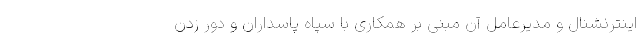
اینترنشنال و مدیرعامل آن مبنی بر همکاری با سپاه پاسداران و دور زدن